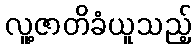
လူ့ဇာတိခံယူသည့်